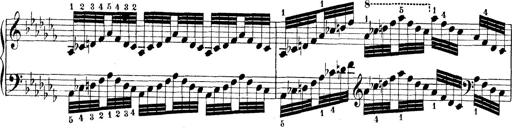
Title: Technische Studien
Composer: Franz Liszt